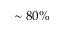
\sim 8 0 \%